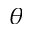
\theta